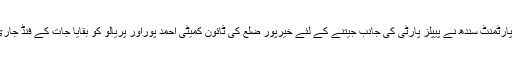
خیرپور فنانس ڈپارٹمنٹ سندھ نے پیپلز پارٹی کی جانب جیتنے کے لئے خیرپور ضلع کی ٹائون کمیٹی احمد پوراور پریالو کو بقایا جات کے فنڈ جاری کر دئیے ہیں ۔